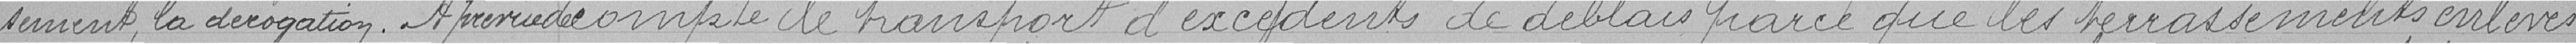
=sement, la dérogation.